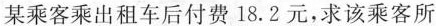
某乘客乘出租车后付费18.2元，求该乘客所